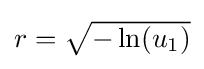
{\textstyle r={\sqrt {-\ln(u_{1})}}}